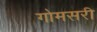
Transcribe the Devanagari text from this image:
गोमसरी